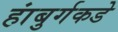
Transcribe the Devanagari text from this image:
हांबुर्गकडे